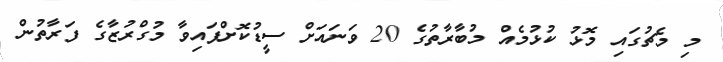
މި މެޗުގައި މޮޅު ކުޅުމެއް މުބާރާތުގެ 20 ވަނައަށް ސީޑުކޮށްފައިވާ މުގްރުޒާގެ ފަރާތުން